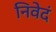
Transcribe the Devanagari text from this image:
निवेदं